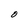
Character: O